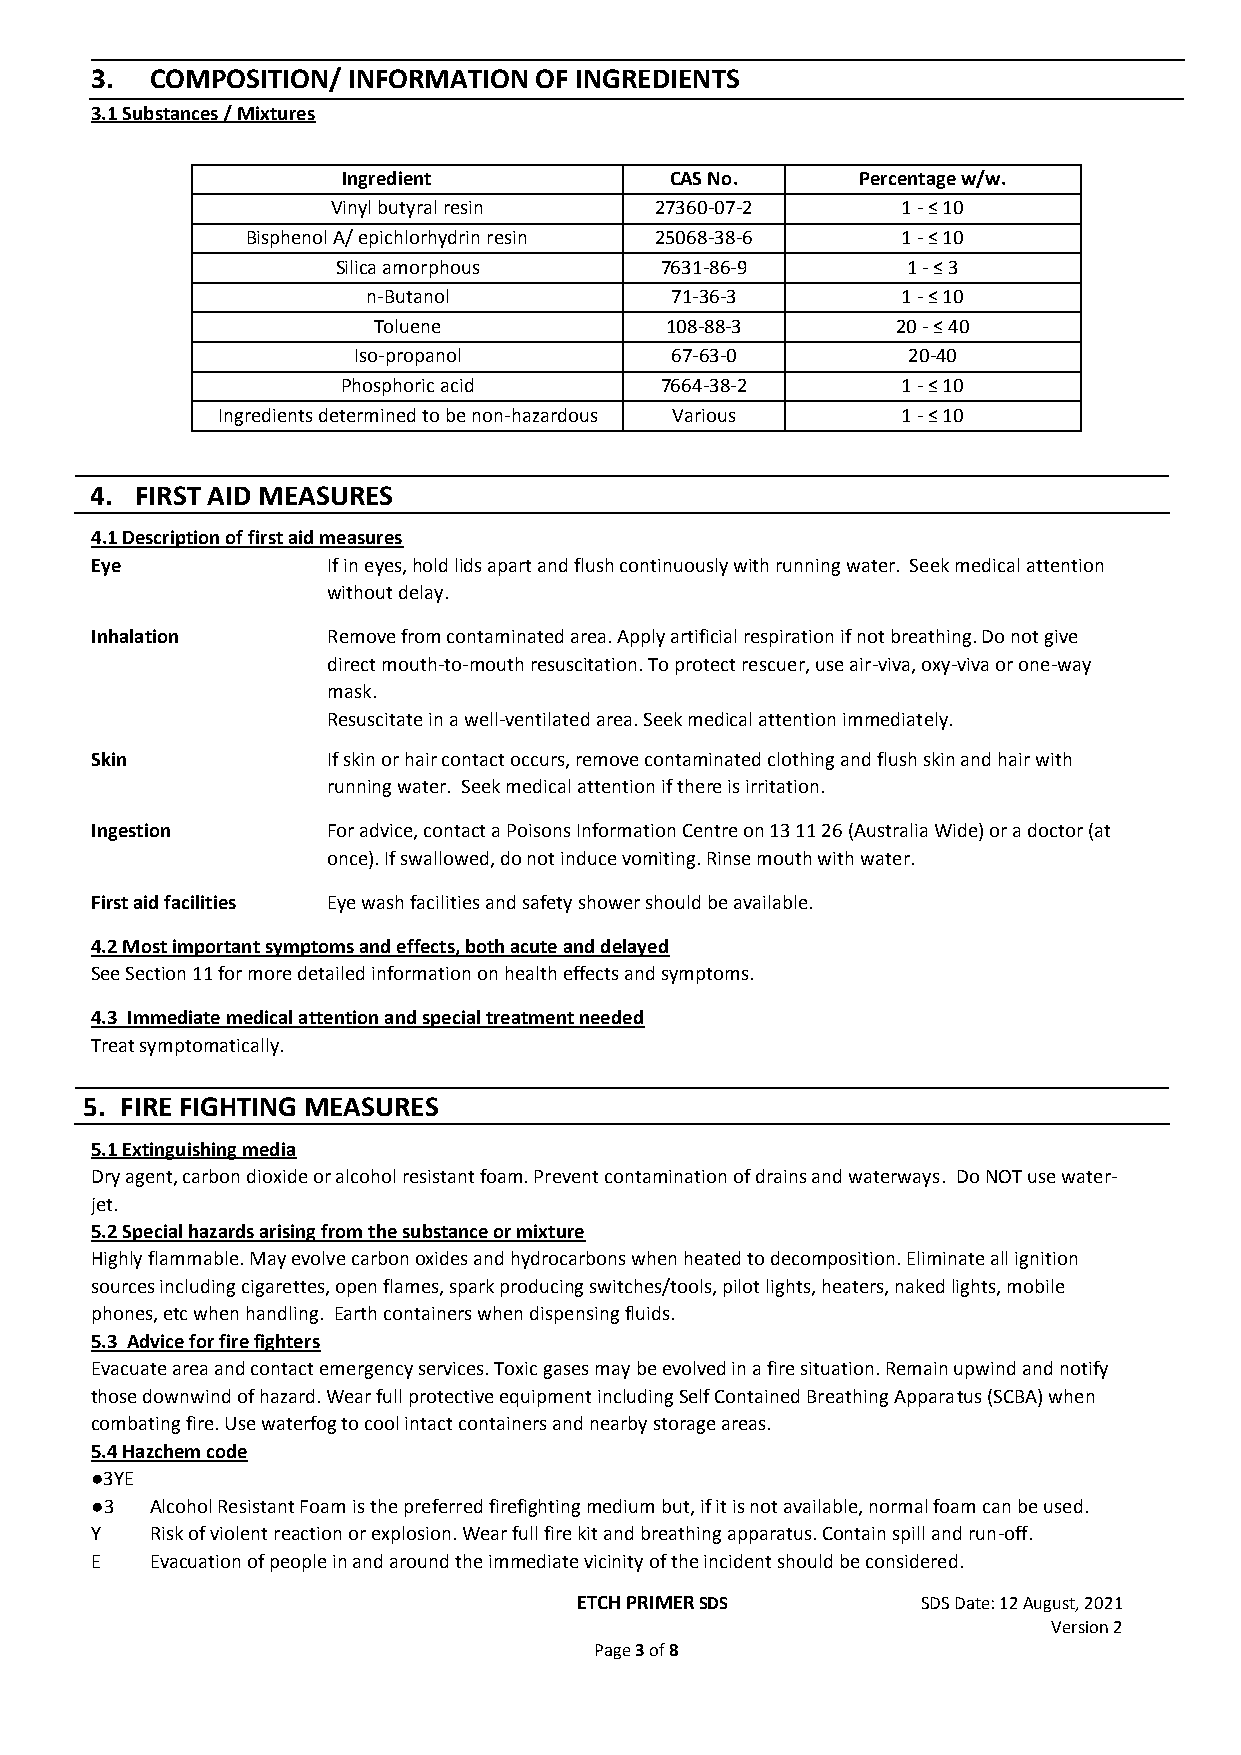
3.  COMPOSITION/ INFORMATION OF INGREDIENTS
 3.1 Substances / Mixtures
 Ingredient           CAS No.      Percentage w/w.
 Vinyl butyral resin  27360-07-2       1 - ≤ 10
 Bisphenol A/ epichlorhydrin resin 25068-38-6 1 - ≤ 10
 Silica amorphous      7631-86-9       1 - ≤ 3
 n-Butanol           71-36-3         1 - ≤ 10
 Toluene            108-88-3       20 - ≤ 40
 Iso-propanol         67-63-0         20-40
 Phosphoric acid      7664-38-2       1 - ≤ 10
 Ingredients determined to be non-hazardous Various 1 - ≤ 10
 4. FIRST AID MEASURES
 4.1 Description of first aid measures
 Eye             If in eyes, hold lids apart and flush continuously with running water. Seek medical attention
 without delay.
 Inhalation      Remove from contaminated area. Apply artificial respiration if not breathing. Do not give
 direct mouth-to-mouth resuscitation. To protect rescuer, use air-viva, oxy-viva or one-way
 mask.
 Resuscitate in a well-ventilated area. Seek medical attention immediately.
 Skin            If skin or hair contact occurs, remove contaminated clothing and flush skin and hair with
 running water. Seek medical attention if there is irritation.
 Ingestion       For advice, contact a Poisons Information Centre on 13 11 26 (Australia Wide) or a doctor (at
 once). If swallowed, do not induce vomiting. Rinse mouth with water.
 First aid facilities Eye wash facilities and safety shower should be available.
 4.2 Most important symptoms and effects, both acute and delayed
 See Section 11 for more detailed information on health effects and symptoms.
 4.3 Immediate medical attention and special treatment needed
 Treat symptomatically.
 5. FIRE FIGHTING MEASURES
 5.1 Extinguishing media
 Dry agent, carbon dioxide or alcohol resistant foam. Prevent contamination of drains and waterways. Do NOT use water-
 jet.
 5.2 Special hazards arising from the substance or mixture
 Highly flammable. May evolve carbon oxides and hydrocarbons when heated to decomposition. Eliminate all ignition
 sources including cigarettes, open flames, spark producing switches/tools, pilot lights, heaters, naked lights, mobile
 phones, etc when handling. Earth containers when dispensing fluids.
 5.3 Advice for fire fighters
 Evacuate area and contact emergency services. Toxic gases may be evolved in a fire situation. Remain upwind and notify
 those downwind of hazard. Wear full protective equipment including Self Contained Breathing Apparatus (SCBA) when
 combating fire. Use waterfog to cool intact containers and nearby storage areas.
 5.4 Hazchem code
 ●3YE
 ●3  Alcohol Resistant Foam is the preferred firefighting medium but, if it is not available, normal foam can be used.
 Y   Risk of violent reaction or explosion. Wear full fire kit and breathing apparatus. Contain spill and run-off.
 E   Evacuation of people in and around the immediate vicinity of the incident should be considered.
 ETCH PRIMER SDS        SDS Date: 12 August, 2021
 Version 2
 Page 3 of 8